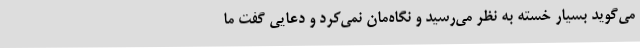
می‌گوید بسیار خسته به نظر می‌رسید و نگاه‌مان نمی‌کرد و دعایی گفت ما